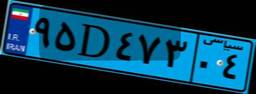
۹۵D۴۷۳۰۴